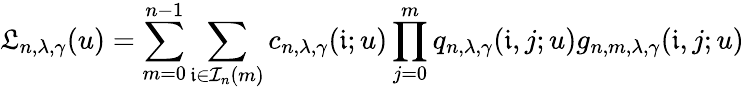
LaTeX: \mathfrak{L}_{n,\lambda,\gamma}(u)=\sum_{m=0}^{n-1}\sum_{\mathfrak{i}\in\mathcal{I}_{n}(m)}c_{n,\lambda,\gamma}(\mathfrak{i};u)\prod_{j=0}^{m}q_{n,\lambda,\gamma}(\mathfrak{i},j;u)g_{n,m,\lambda,\gamma}(\mathfrak{i},j;u)